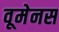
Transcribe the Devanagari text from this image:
वूमेनस